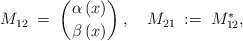
\begin{align*}M_{12}\;=\;{\alpha\, (x) \choose \beta\,(x)}\;,\quad M_{21}\;:=\;M_{12}^*,\end{align*}